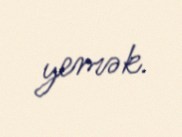
yemək.